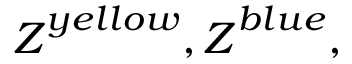
\boldsymbol { Z } ^ { y e l l o w } , \boldsymbol { Z } ^ { b l u e } ,